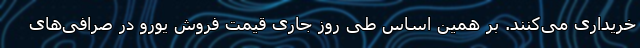
خریداری می‌کنند. بر همین‌ اساس طی روز جاری قیمت فروش یورو در صرافی‌های